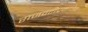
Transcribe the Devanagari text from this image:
राजवटीप्रमाणेच